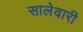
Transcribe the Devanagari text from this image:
सालेवारी